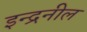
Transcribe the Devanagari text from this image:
इन्द्रनील